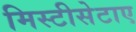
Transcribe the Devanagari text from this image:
मिस्टीसेटाए